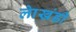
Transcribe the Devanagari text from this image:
लाेखंडी